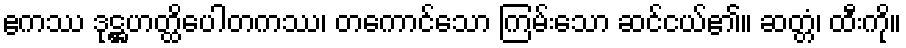
ဧကဿ ဒုဋ္ဌဟတ္ထိပေါတကဿ၊ တကောင်သော ကြမ်းသော ဆင်ငယ်၏။ ဆတ္တံ၊ ထီးကို။